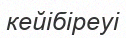
кейібіреуі